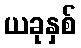
ယခုနှစ်